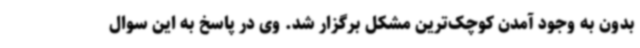
بدون به وجود آمدن کوچک‌ترین مشکل برگزار شد. وی در پاسخ به این سوال